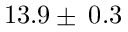
1 3 . 9 \pm \: 0 . 3